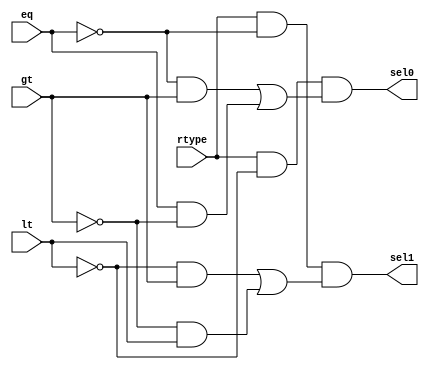
module selector4x2(rtype,gt,eq,lt,sel0,sel1);

input rtype,gt,eq,lt;
output sel0,sel1;

wire sel0wire,sel1wire,notgt,noteq,notlt;

not(notlt,lt);
not(notgt,gt);
not(noteq,eq);

and(wire1,noteq,gt);
and(wire2,eq,notgt);
or(sel0wire,wire1,wire2);
and(sel0,rtype,notlt,sel0wire);

and(wire3,notlt,gt);
and(wire4,notgt,lt);
or(sel1wire,wire3,wire4);
and(sel1,rtype,noteq,sel1wire);

endmodule